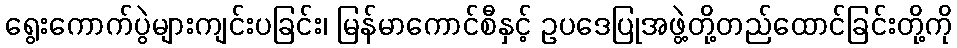
ရွေးကောက်ပွဲများကျင်းပခြင်း၊ မြန်မာကောင်စီနှင့် ဥပဒေပြုအဖွဲ့တို့တည်ထောင်ခြင်းတို့ကို